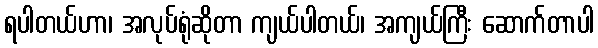
ရပါတယ်ဟာ၊ အလုပ်ရုံဆိုတာ ကျယ်ပါတယ်၊ အကျယ်ကြီး ဆောက်တာပါ